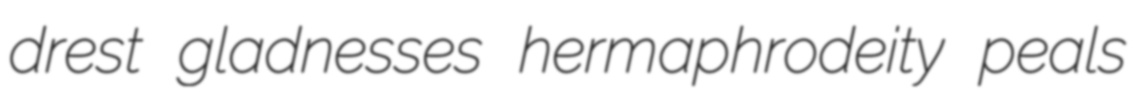
drest gladnesses hermaphrodeity peals